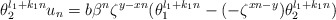
\begin{align*} \theta_2^{l_1+k_1n}u_n=b\beta^n\zeta^{y-xn}(\theta_1^{l_1+k_1n}-(-\zeta^{xn-y})\theta_2^{l_1+k_1n})\end{align*}